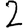
Digit: 2